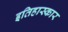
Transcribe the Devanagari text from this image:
इतिहास्कार